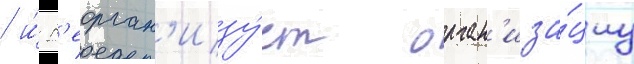
/ и́ р'еорган'изу́ет орган'иза́циу